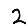
Digit: 2